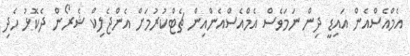
އެމްއެސްއެން އައިޑީ ދިން ނަމަވެސް އެމްއެސްއެންއިން ޗެޓްކުރުމަށް އެންޖެލިކް ޝެރޯން ދެކޮޅު ހެދި